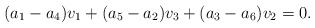
\begin{align*}(a_1-a_4)v_1+(a_5-a_2)v_3+(a_3-a_6)v_2=0.\end{align*}